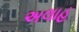
અલાહ